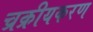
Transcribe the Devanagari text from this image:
च्रक्रीयकरण